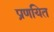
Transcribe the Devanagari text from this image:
प्रणयित